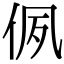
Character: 㑉